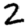
Digit: 2